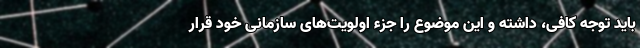
باید توجه کافی، داشته و این موضوع را جزء اولویت‌های سازمانی خود قرار